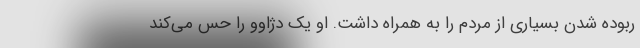
ربوده شدن بسیاری از مردم را به همراه داشت. او یک دژاوو را حس می‌‌کند